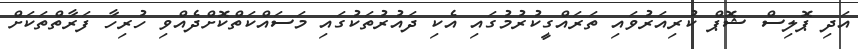
އަދި ޕޮލިސް ޝޮޕް ކުރިއަރުވައި ތަރައްގީކުރުމުގައި އެކި ދައުރުތަކުގައި މަސައްކަތްކޮށްދެއްވި ހުރިހާ ފަރާތްތަކަށް